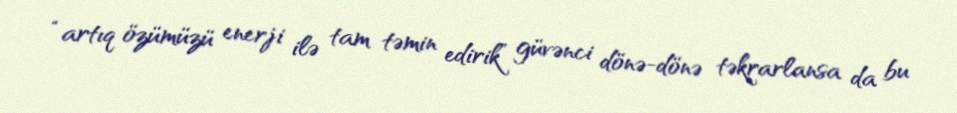
“artıq özümüzü enerji ilə tam təmin edirik” güvənci dönə-dönə təkrarlansa da bu